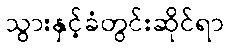
သွားနှင့်ခံတွင်းဆိုင်ရာ